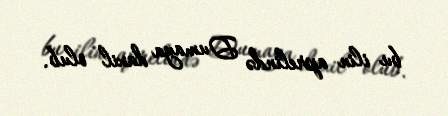
bu ilin aprelində Dumaya daxil olub.